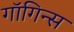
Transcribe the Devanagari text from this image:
गाॅगिन्स